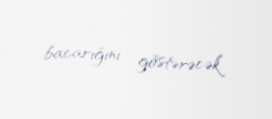
bacarığını göstərəcək.